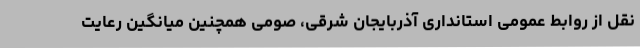
نقل از روابط عمومی استانداری آذربایجان شرقی، صومی همچنین میانگین رعایت